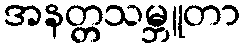
အနတ္တသမ္ဘူတာ